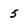
Character: 5